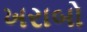
ખરાબો